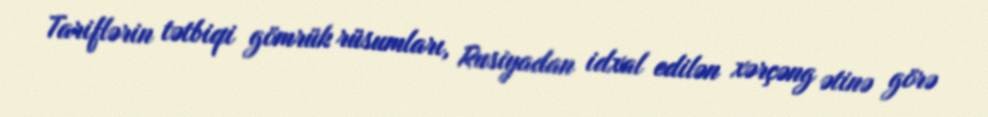
Tariflərin tətbiqi gömrük rüsumları, Rusiyadan idxal edilən xərçəng ətinə görə